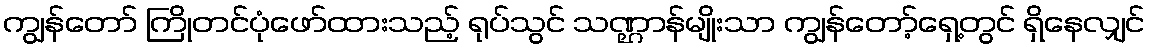
ကျွန်တော် ကြိုတင်ပုံဖော်ထားသည့် ရုပ်သွင် သဏ္ဌာန်မျိုးသာ ကျွန်တော့်ရှေ့တွင် ရှိနေလျှင်